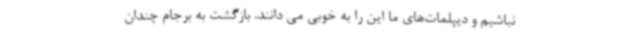
نباشیم و دیپلمات‌های ما این را به خوبی می دانند. بازگشت به برجام چندان